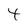
Character: 4